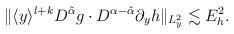
LaTeX: \begin{align*}\begin{aligned}\Vert \langle y\rangle^{l+k}D^{\tilde{\alpha}}g\cdot D^{\alpha-\tilde{\alpha}} \partial_y h \Vert_{L^2_y}\lesssim E_h^2.\end{aligned}\end{align*}